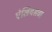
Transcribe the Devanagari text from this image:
ऐलियसचा